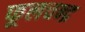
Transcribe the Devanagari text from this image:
फूलचन्द्र